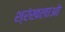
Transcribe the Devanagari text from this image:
श्रंखलाओ